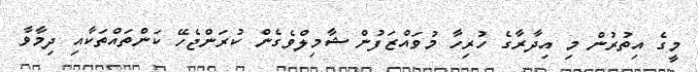
މީގެ އިތުރުން މި އިދާރާގެ ހުރިހާ މުވައްޒަފުން ޝާމިލްވެގެން ކުރަންޖެހޭ ކަންތައްތަކާއި ދިމާވާ